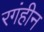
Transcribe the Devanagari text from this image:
रगंहीन